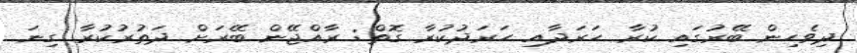
ދިވެހިން ބޭރުގައި ކުރާ ހަރަދާއި ހަރަދުކުރާ ގޮތް: ރާއްޖޭން ބޭރަށް ދަތުރުކުރާ ގިނަ